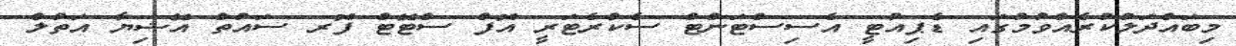
މިބައްދަލުކުރެއްވުމުގައި ޑެޕިއުޓީ އެސިސްޓަންޓް ސެކްރެޓަރީ އޮފް ސްޓޭޓް ފޮރ ސައުތް އޭޝިޔާ އަތުލް